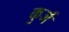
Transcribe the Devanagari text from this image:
कुर्ज